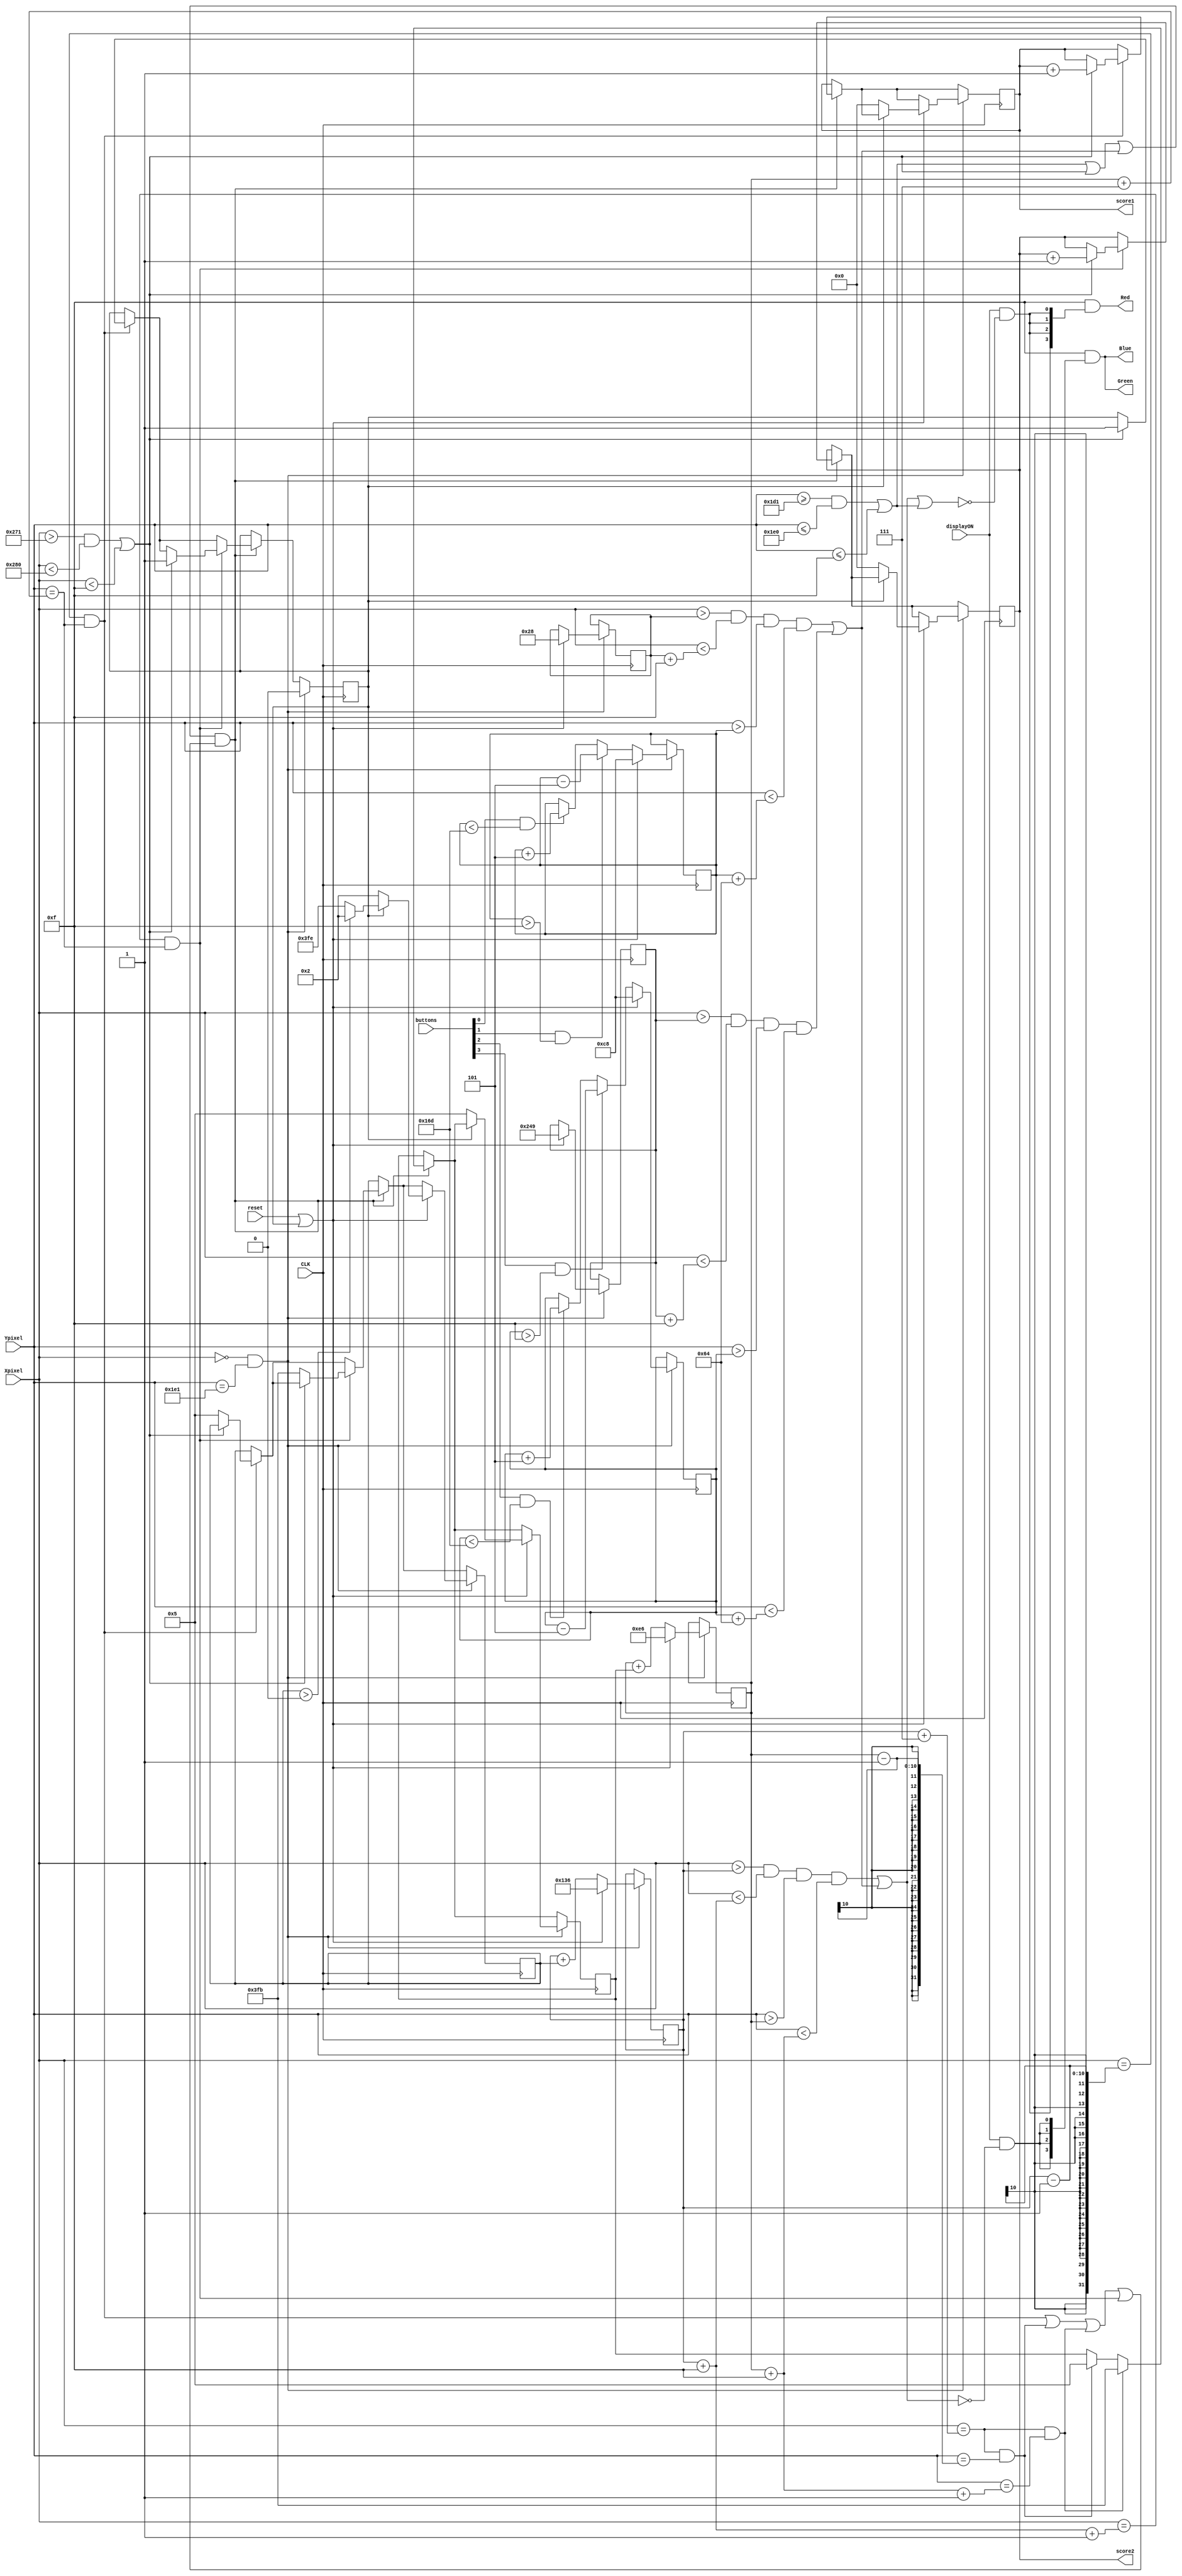
module pong(
	Red,
	Green,
	Blue,
	Xpixel,
	Ypixel,
	CLK,
	displayON,
	buttons,
	score1,
	score2,
	reset);

	
	//parameters
	parameter SCREENHEIGHT = 480;
	parameter SCREENWIDTH = 640;
	parameter BALLWIDTH = 15;
	parameter BALLHEIGHT = 15;
	parameter PADDLEWIDTH = 15;
	parameter PADDLEHEIGHT = 100;
	parameter BORDERTHICKNESS = 15;
	
	//io
	input [3:0] buttons;
	input CLK;
	output[3:0] Red,Green,Blue;
	input displayON,reset;
	input [9:0] Xpixel,Ypixel;
	//objects
	wire ball,player1,player2,players,left,right,top,bottom,border,sides,ScreenRefresh;
	assign ScreenRefresh = (Xpixel == 0) && (Ypixel == 481); 
	reg [9:0] ballX, ballY,player1X,player1Y,player2X,player2Y,ballXVelocity,ballYVelocity;
	output reg [4:0] score1,score2;
	reg scored;
	
	assign player1 = {(Xpixel > player1X) && (Xpixel < (player1X + PADDLEWIDTH)) && (Ypixel > player1Y) && (Ypixel < (player1Y + PADDLEHEIGHT))};
	assign player2 = {(Xpixel > player2X) && (Xpixel < (player2X + PADDLEWIDTH)) && (Ypixel > player2Y) && (Ypixel < (player2Y + PADDLEHEIGHT))};
	assign border =	(Ypixel >= SCREENHEIGHT - BORDERTHICKNESS && Ypixel <= SCREENHEIGHT) || (Ypixel <= BORDERTHICKNESS);
	assign sides =  (Xpixel >  SCREENWIDTH  - BORDERTHICKNESS && Xpixel <   SCREENWIDTH) || (Xpixel < BORDERTHICKNESS);
	assign players = player1 || player2;
	assign ball = (Xpixel > ballX) && (Xpixel < (ballX + BALLWIDTH)) && (Ypixel > ballY) && (Ypixel < (ballY + BALLHEIGHT));
	//colliders
	assign left   = (Xpixel == ballX - 1) && (Ypixel == ballY + BALLWIDTH/2);
	assign right  = (Xpixel == ballX + BALLWIDTH + 1) && (Ypixel == ballY + BALLWIDTH/2);
	assign bottom = (Xpixel == ballX + BALLWIDTH/2) && (Ypixel == (ballY + BALLHEIGHT)+1);
	assign top    = (Xpixel == ballX + BALLWIDTH/2) && (Ypixel == ballY - 1);
	
	wire colliding = (border || sides || players) && (left||top||bottom||right);
	
	assign Red  = 15 & {4{displayON && ~(ball||players||border)}} ;
	assign Green	= 15 & {4{displayON && ~(ball||players)}};
	assign Blue = 15 & {4{displayON && ~(ball||players)}};
	
	initial
	begin
		score1 <= 0;
		score2 <= 0;
		ballX <= 320;
		ballY <= 240;
		player1X <= 40;
		player1Y <= 200;
		player2X <= 585;
		player2Y <= 200;
		ballXVelocity <= 2;
		ballYVelocity <= 5;
		scored <= 0;
	end
	
	always @(posedge CLK)
	begin		
		if (colliding)
		begin
			if (top) begin ballYVelocity <=  5; end
			if (bottom) begin ballYVelocity <= -5; end
			if (left)
			begin
				if (sides)
				begin
					score1<= score1 + 1;
					scored <= 1;
				end
				else
				begin
					ballXVelocity <= 5;
				end
			end
			if (right)
			begin
				if (sides)
				begin
					score2 <= score2 + 1;
					scored <= 1;
				end
				else
				begin
					ballXVelocity <= -5;
				end
			end					
		end
		if (ScreenRefresh)
		begin
			scored <= 0;		
			if (reset || scored)
			begin
				ballX <= 310;
				ballY <= 230;				
				player1X <= 40;
				player1Y <= 200;
				player2X <= 585;
				player2Y <= 200;
				if (scored)
				begin
					ballXVelocity <=  (ballXVelocity > 0) ? 2:-2 ;
				end
				else
				begin
					score1 <= 0;
					score2 <= 0;
					ballXVelocity <= 2;
					ballYVelocity <= 5;
				end
			end
			else
			begin		
				ballX <= ballX + ballXVelocity;
				ballY <= ballY + ballYVelocity;
				
				if (buttons[0] && player1Y < SCREENHEIGHT - PADDLEHEIGHT - BORDERTHICKNESS)	begin player1Y <= player1Y + 5; end
				if (buttons[1] && player1Y > BORDERTHICKNESS)					begin player1Y <= player1Y - 5; end			
				if (buttons[2] && player2Y < SCREENHEIGHT - PADDLEHEIGHT - BORDERTHICKNESS)	begin player2Y <= player2Y + 5; end
				if (buttons[3] && player2Y > BORDERTHICKNESS)					begin player2Y <= player2Y - 5; end
			end
		end	
	end
endmodule